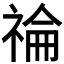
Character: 𥚗